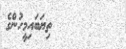
ތިޔަބައިމީހުންގެ